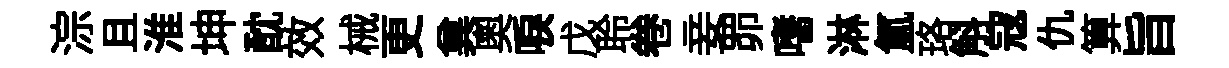
淙且淮坤酖效械更兾奧唳戊聆卷妾𦊑嗜淋氳珞斛寇仇算旨